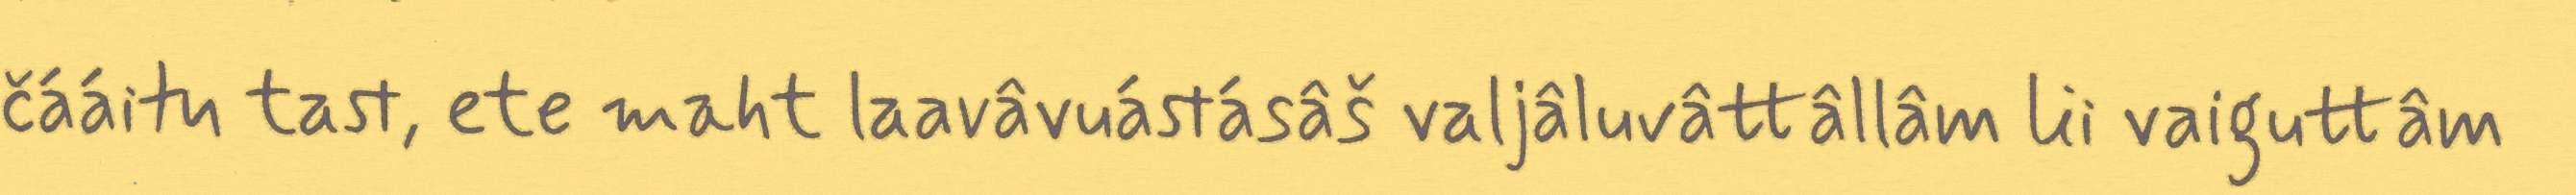
čááitu tast, ete maht laavâvuástásâš valjâluvâttâllâm lii vaiguttâm